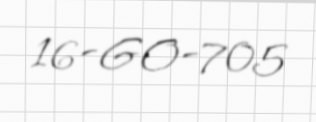
16-GO-705